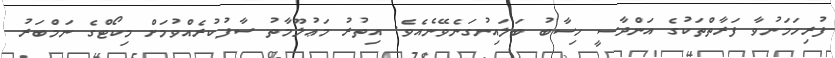
ފުރިހަމަނުވާ ފަރާތްތަކުގެ އަންދާސީ ހިސާބު ބަލައިނުގަނެވޭނެއެވެ. އިތުރު މަޢުލޫމާތު ސާފުކުރެއްވުމަށް މިކޯޓްގެ ނަމްބަރު